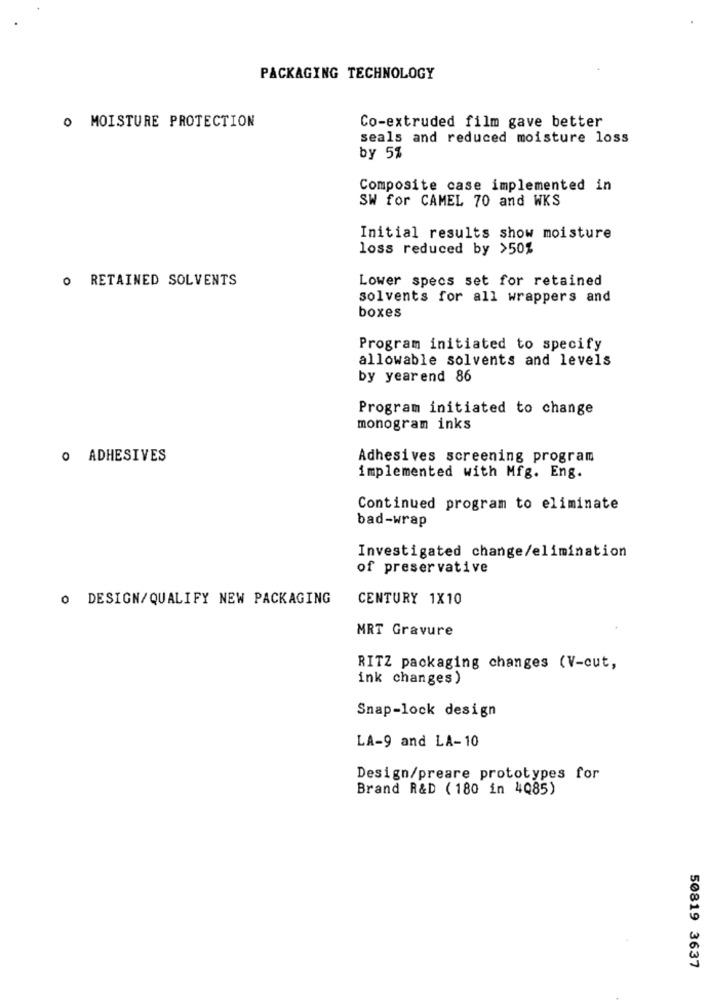
PACKAGING TECHNOLOGY
O MOISTURE PROTECTION
Co-extruded film gave better
seals and reduced moisture loss
by 5%
Composite case implemented in
SW for CAMEL 70 and WKS
Initial results show moisture
loss reduced by >50%
O RETAINED SOLVENTS
Lower specs set for retained
solvents for all wrappers and
boxes
Program initiated to specify
allowable solvents and levels
by yearend 86
Program initiated to change
monogram inks
O ADHESIVES
Adhesives screening program
implemented with Mfg. Eng.
Continued program to eliminate
bad-wrap
Investigated change/elimination
of preservative
O DESIGN/QUALIFY NEW PACKAGING
CENTURY 1X10
MRT Gravure
RITZ packaging changes (V-cut,
ink changes )
Snap-lock design
LA-9 and LA-10
Design/preare prototypes for
Brand R&D ( 180 in 4Q85)
50819 3637